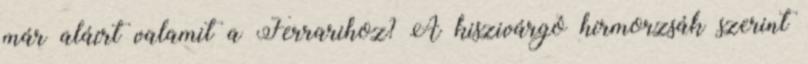
már aláírt valamit a Ferrarihoz? A kiszivárgó hírmorzsák szerint